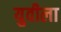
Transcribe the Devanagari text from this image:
युवीला